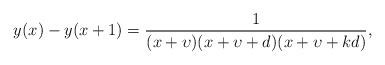
LaTeX: \begin{align*}y(x)-y(x+1)=\frac{1}{(x+\upsilon)(x+\upsilon+d)(x+\upsilon+k d)},\end{align*}